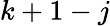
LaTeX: k+1-j